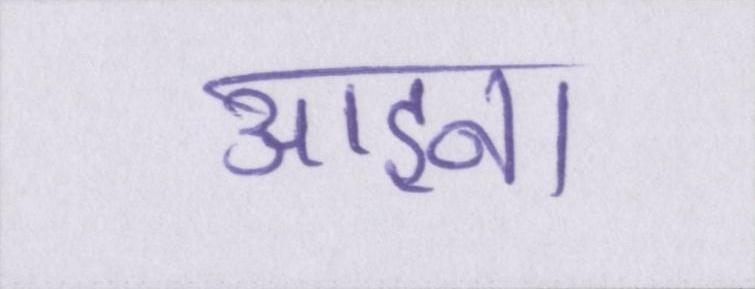
आइना